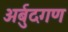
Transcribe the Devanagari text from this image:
अर्बुदगण